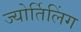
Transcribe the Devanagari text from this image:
ज्योर्तिलिंग